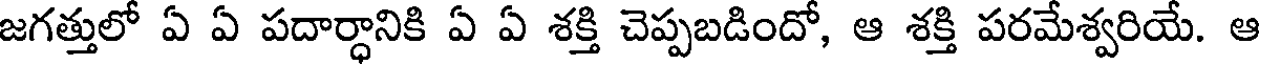
జగత్తులో ఏ ఏ పదార్ధానికి ఏ ఏ శక్తి చెప్పబడిందో, ఆ శక్తి పరమేశ్వరియే. ఆ